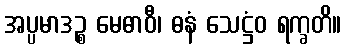
အပ္ပမာဒဉ္စ မေဓာဝီ၊ ဓနံ သေဋ္ဌံဝ ရက္ခတိ။